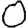
Digit: 0